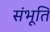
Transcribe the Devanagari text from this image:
संभूति